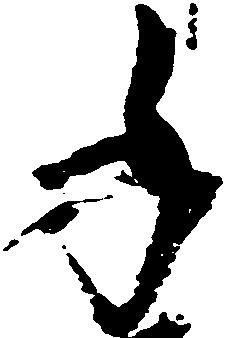
手